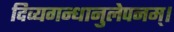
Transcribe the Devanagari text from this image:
दिव्यगन्धानुलेपनम्‌।